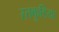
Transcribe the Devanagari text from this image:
रतकुडिया